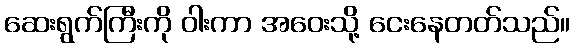
ဆေးရွက်ကြီးကို ဝါးကာ အဝေးသို့ ငေးနေတတ်သည်။